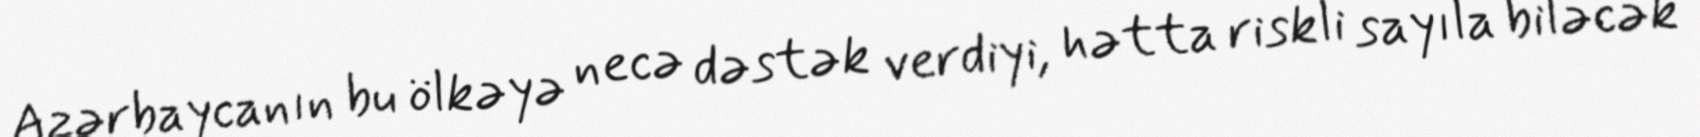
Azərbaycanın bu ölkəyə necə dəstək verdiyi, hətta riskli sayıla biləcək